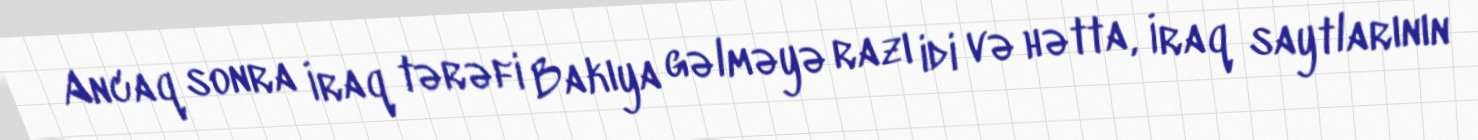
Ancaq sonra İraq tərəfi Bakıya gəlməyə razı idi və hətta, İraq saytlarının